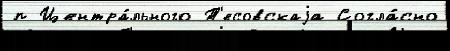
п Центра́льного Т'есовскаjа Согла́сно